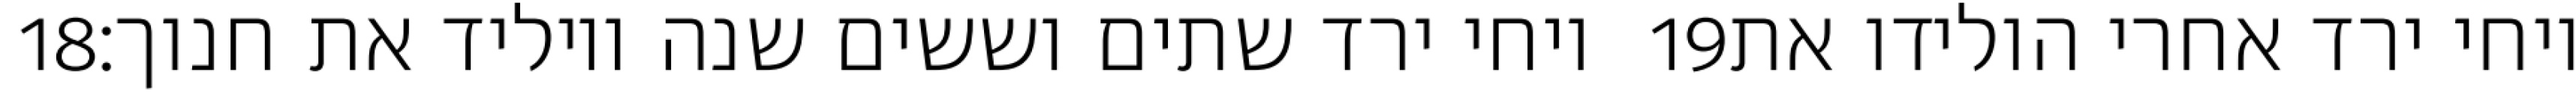
‎18‏ ויחי ירד שתים וששים שנה ויוליד את חנוך׃ ‎19‏ ויחי ירד אחרי הולידו את